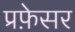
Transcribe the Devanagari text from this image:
प्रफ़ेसर